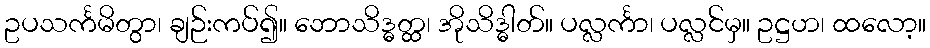
ဥပသင်္ကမိတွာ၊ ချဉ်းကပ်၍။ ဘောသိဒ္ဓတ္ထ၊ အိုသိဒ္ဓါတ်။ ပလ္လင်္ကာ၊ ပလ္လင်မှ။ ဥဋ္ဌဟ၊ ထလော့။